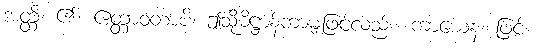
အတ္ထိ၊ ၏။ ဧတ္တာဝတာပိ၊ ဤသို့ဓိဋ္ဌာန်ကာမျှဖြင့်လည်း။ ကာယေန၊ ဖြင့်။